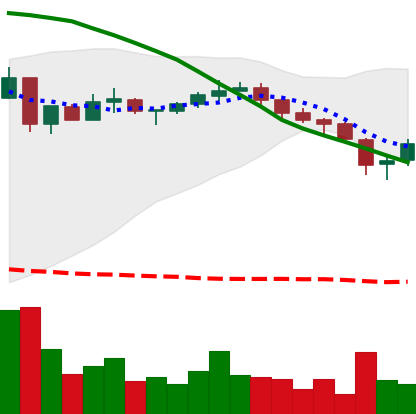
Ticker: XRP-USD
Chart end date: 2018-05-13
Forward return: -8.777%
Label: down_7plus